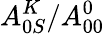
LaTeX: A_{0S}^{K}/A_{00}^{0}